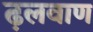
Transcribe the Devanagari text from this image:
ढ़लवाण